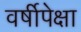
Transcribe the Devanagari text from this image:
वर्षीपेक्षा